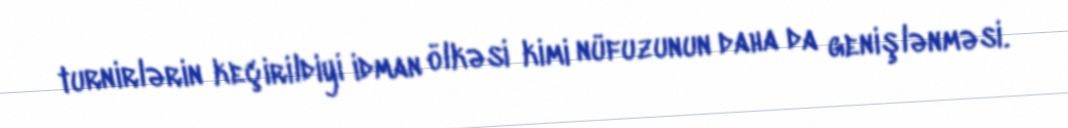
turnirlərin keçirildiyi idman ölkəsi kimi nüfuzunun daha da genişlənməsi.